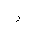
Letter: _ra